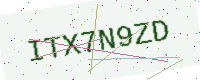
Text: ITX7N9ZD